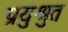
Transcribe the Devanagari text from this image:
प्रयुश्रुत